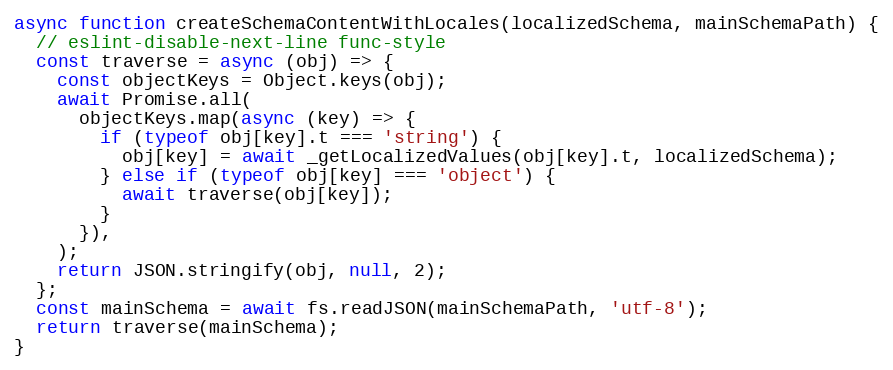
Language: JavaScript
async function createSchemaContentWithLocales(localizedSchema, mainSchemaPath) {
  // eslint-disable-next-line func-style
  const traverse = async (obj) => {
    const objectKeys = Object.keys(obj);
    await Promise.all(
      objectKeys.map(async (key) => {
        if (typeof obj[key].t === 'string') {
          obj[key] = await _getLocalizedValues(obj[key].t, localizedSchema);
        } else if (typeof obj[key] === 'object') {
          await traverse(obj[key]);
        }
      }),
    );
    return JSON.stringify(obj, null, 2);
  };
  const mainSchema = await fs.readJSON(mainSchemaPath, 'utf-8');
  return traverse(mainSchema);
}